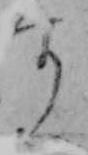
す